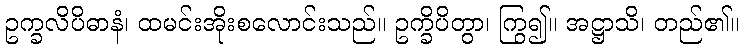
ဥက္ခလိပိဓာနံ၊ ထမင်းအိုးစလောင်းသည်။ ဥက္ခိပိတွာ၊ ကြွ၍။ အဋ္ဌာသိ၊ တည်၏။